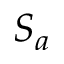
S _ { a }